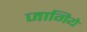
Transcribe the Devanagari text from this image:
जागिये